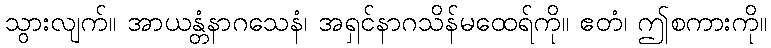
သွားလျက်။ အာယန္တံနာဂသေနံ၊ အရှင်နာဂသိန်မထေရ်ကို။ ဧတံ၊ ဤစကားကို။